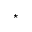
^ \star